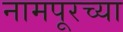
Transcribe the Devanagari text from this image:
नामपूरच्या